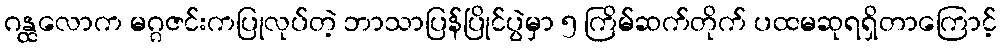
ဂန္ထလောက မဂ္ဂဇင်းကပြုလုပ်တဲ့ ဘာသာပြန်ပြိုင်ပွဲမှာ ၅ ကြိမ်ဆက်တိုက် ပထမဆုရရှိတာကြောင့်